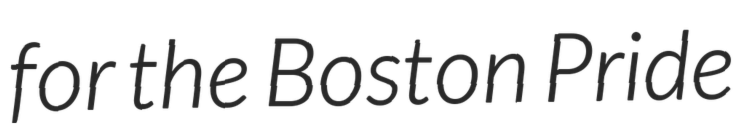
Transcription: for the Boston Pride